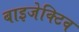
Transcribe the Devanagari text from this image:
बाइजेक्टिव